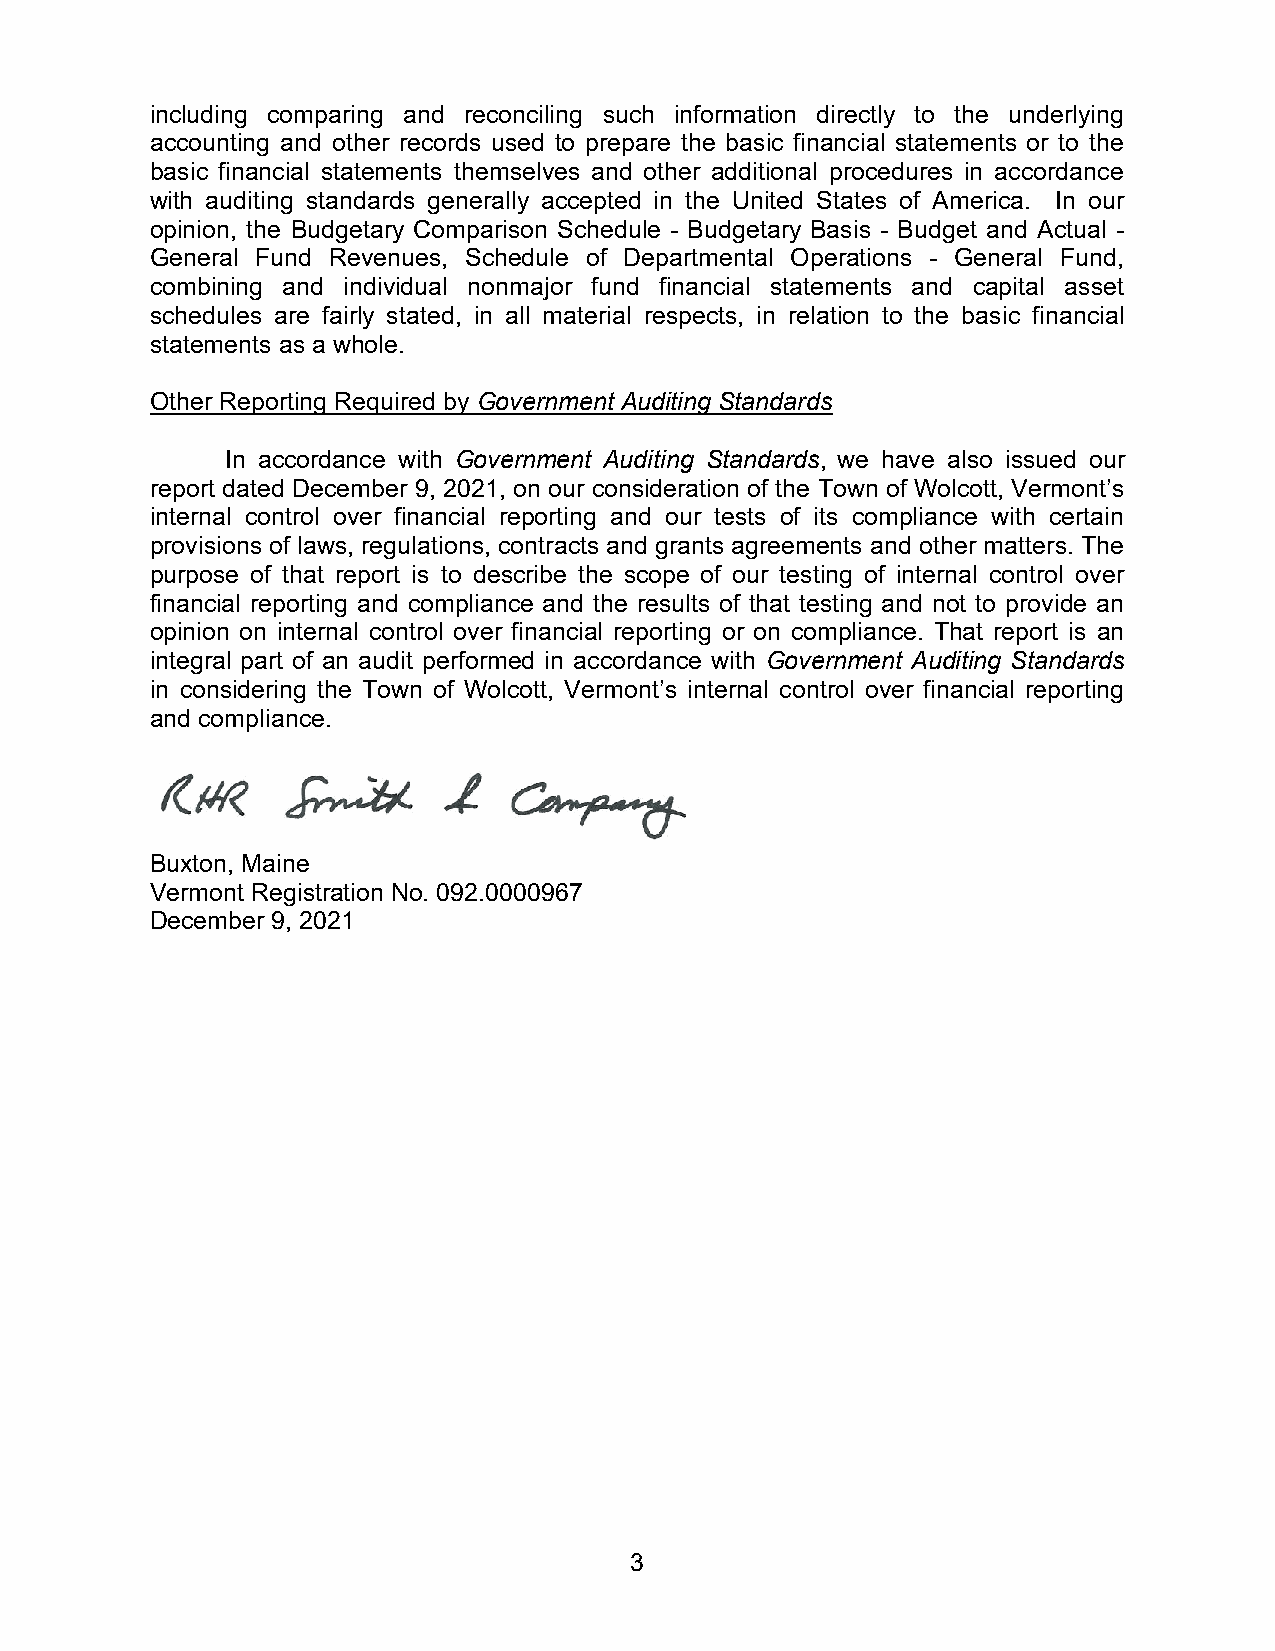
including comparing and reconciling such information directly to the underlying
 accounting and other records used to prepare the basic financial statements or to the
 basic financial statements themselves and other additional procedures in accordance
 with auditing standards generally accepted in the United States of America. In our
 opinion, the Budgetary Comparison Schedule - Budgetary Basis - Budget and Actual -
 General Fund Revenues, Schedule of Departmental Operations - General Fund,
 combining and individual nonmajor fund financial statements and capital asset
 schedules are fairly stated, in all material respects, in relation to the basic financial
 statements as a whole.
 Other Reporting Required by Government Auditing Standards
 In accordance with Government Auditing Standards, we have also issued our
 report dated December 9, 2021, on our consideration of the Town of Wolcott, Vermont’s
 internal control over financial reporting and our tests of its compliance with certain
 provisions of laws, regulations, contracts and grants agreements and other matters. The
 purpose of that report is to describe the scope of our testing of internal control over
 financial reporting and compliance and the results of that testing and not to provide an
 opinion on internal control over financial reporting or on compliance. That report is an
 integral part of an audit performed in accordance with Government Auditing Standards
 in considering the Town of Wolcott, Vermont’s internal control over financial reporting
 and compliance.
 Buxton, Maine
 Vermont Registration No. 092.0000967
 December 9, 2021
 3